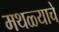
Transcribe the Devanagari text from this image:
मथळ्याचे